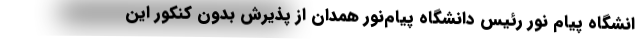
انشگاه پیام‌ نور رئیس دانشگاه پیام‌نور همدان از پذیرش بدون کنکور این